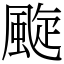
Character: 颴